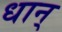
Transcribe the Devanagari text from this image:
धान्